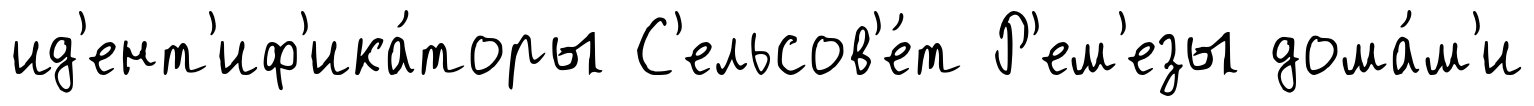
ид'ент'иф'ика́торы С'ельсов'е́т Р'ем'езы дома́м'и